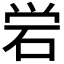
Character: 𬒈